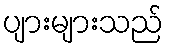
ပျားများသည်